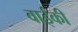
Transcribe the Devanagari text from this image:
वाईकी